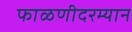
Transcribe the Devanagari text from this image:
फाळणीदरम्यान